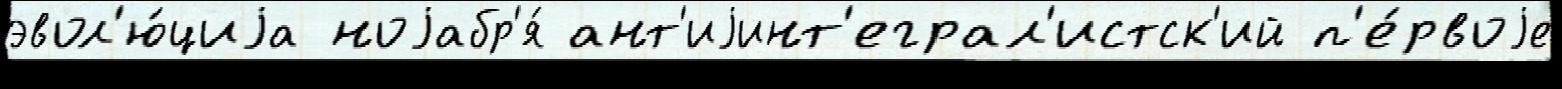
эвол'ю́циjа ноjабр'я́ ант'иjинт'еграл'истск'ий п'е́рвоjе